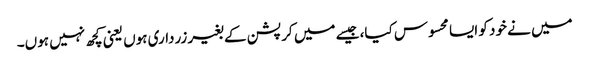
میں نے خود کو ایسا محسوس کیا، جیسے میں کرپشن کے بغیر زرداری ہوں یعنی کچھ نہیں ہوں۔